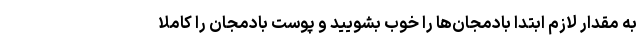
به مقدار لازم ابتدا بادمجان‌ها را خوب بشویید و پوست بادمجان را کاملا